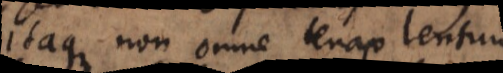
Itaque non omne tenax lentum